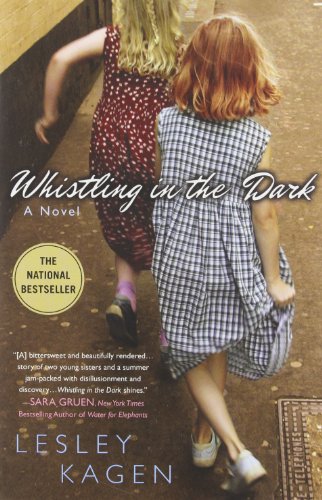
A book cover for Whistling in the Dark; Lesley Kagen; Literature & Fiction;